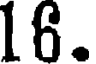
16.